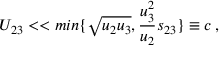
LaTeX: U _ { 2 3 } < < m i n \{ \sqrt { u _ { 2 } u _ { 3 } } , { \frac { u _ { 3 } ^ { 2 } } { u _ { 2 } } } s _ { 2 3 } \} \equiv c \, ,